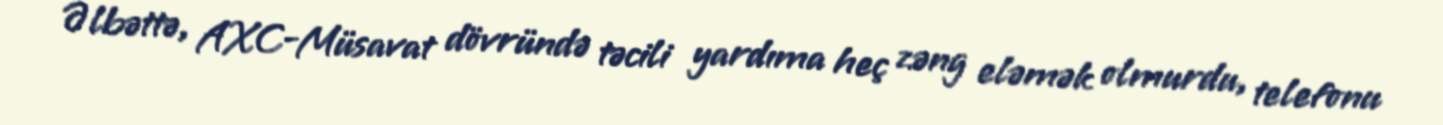
Əlbəttə, AXC-Müsavat dövründə təcili yardıma heç zəng eləmək olmurdu, telefonu